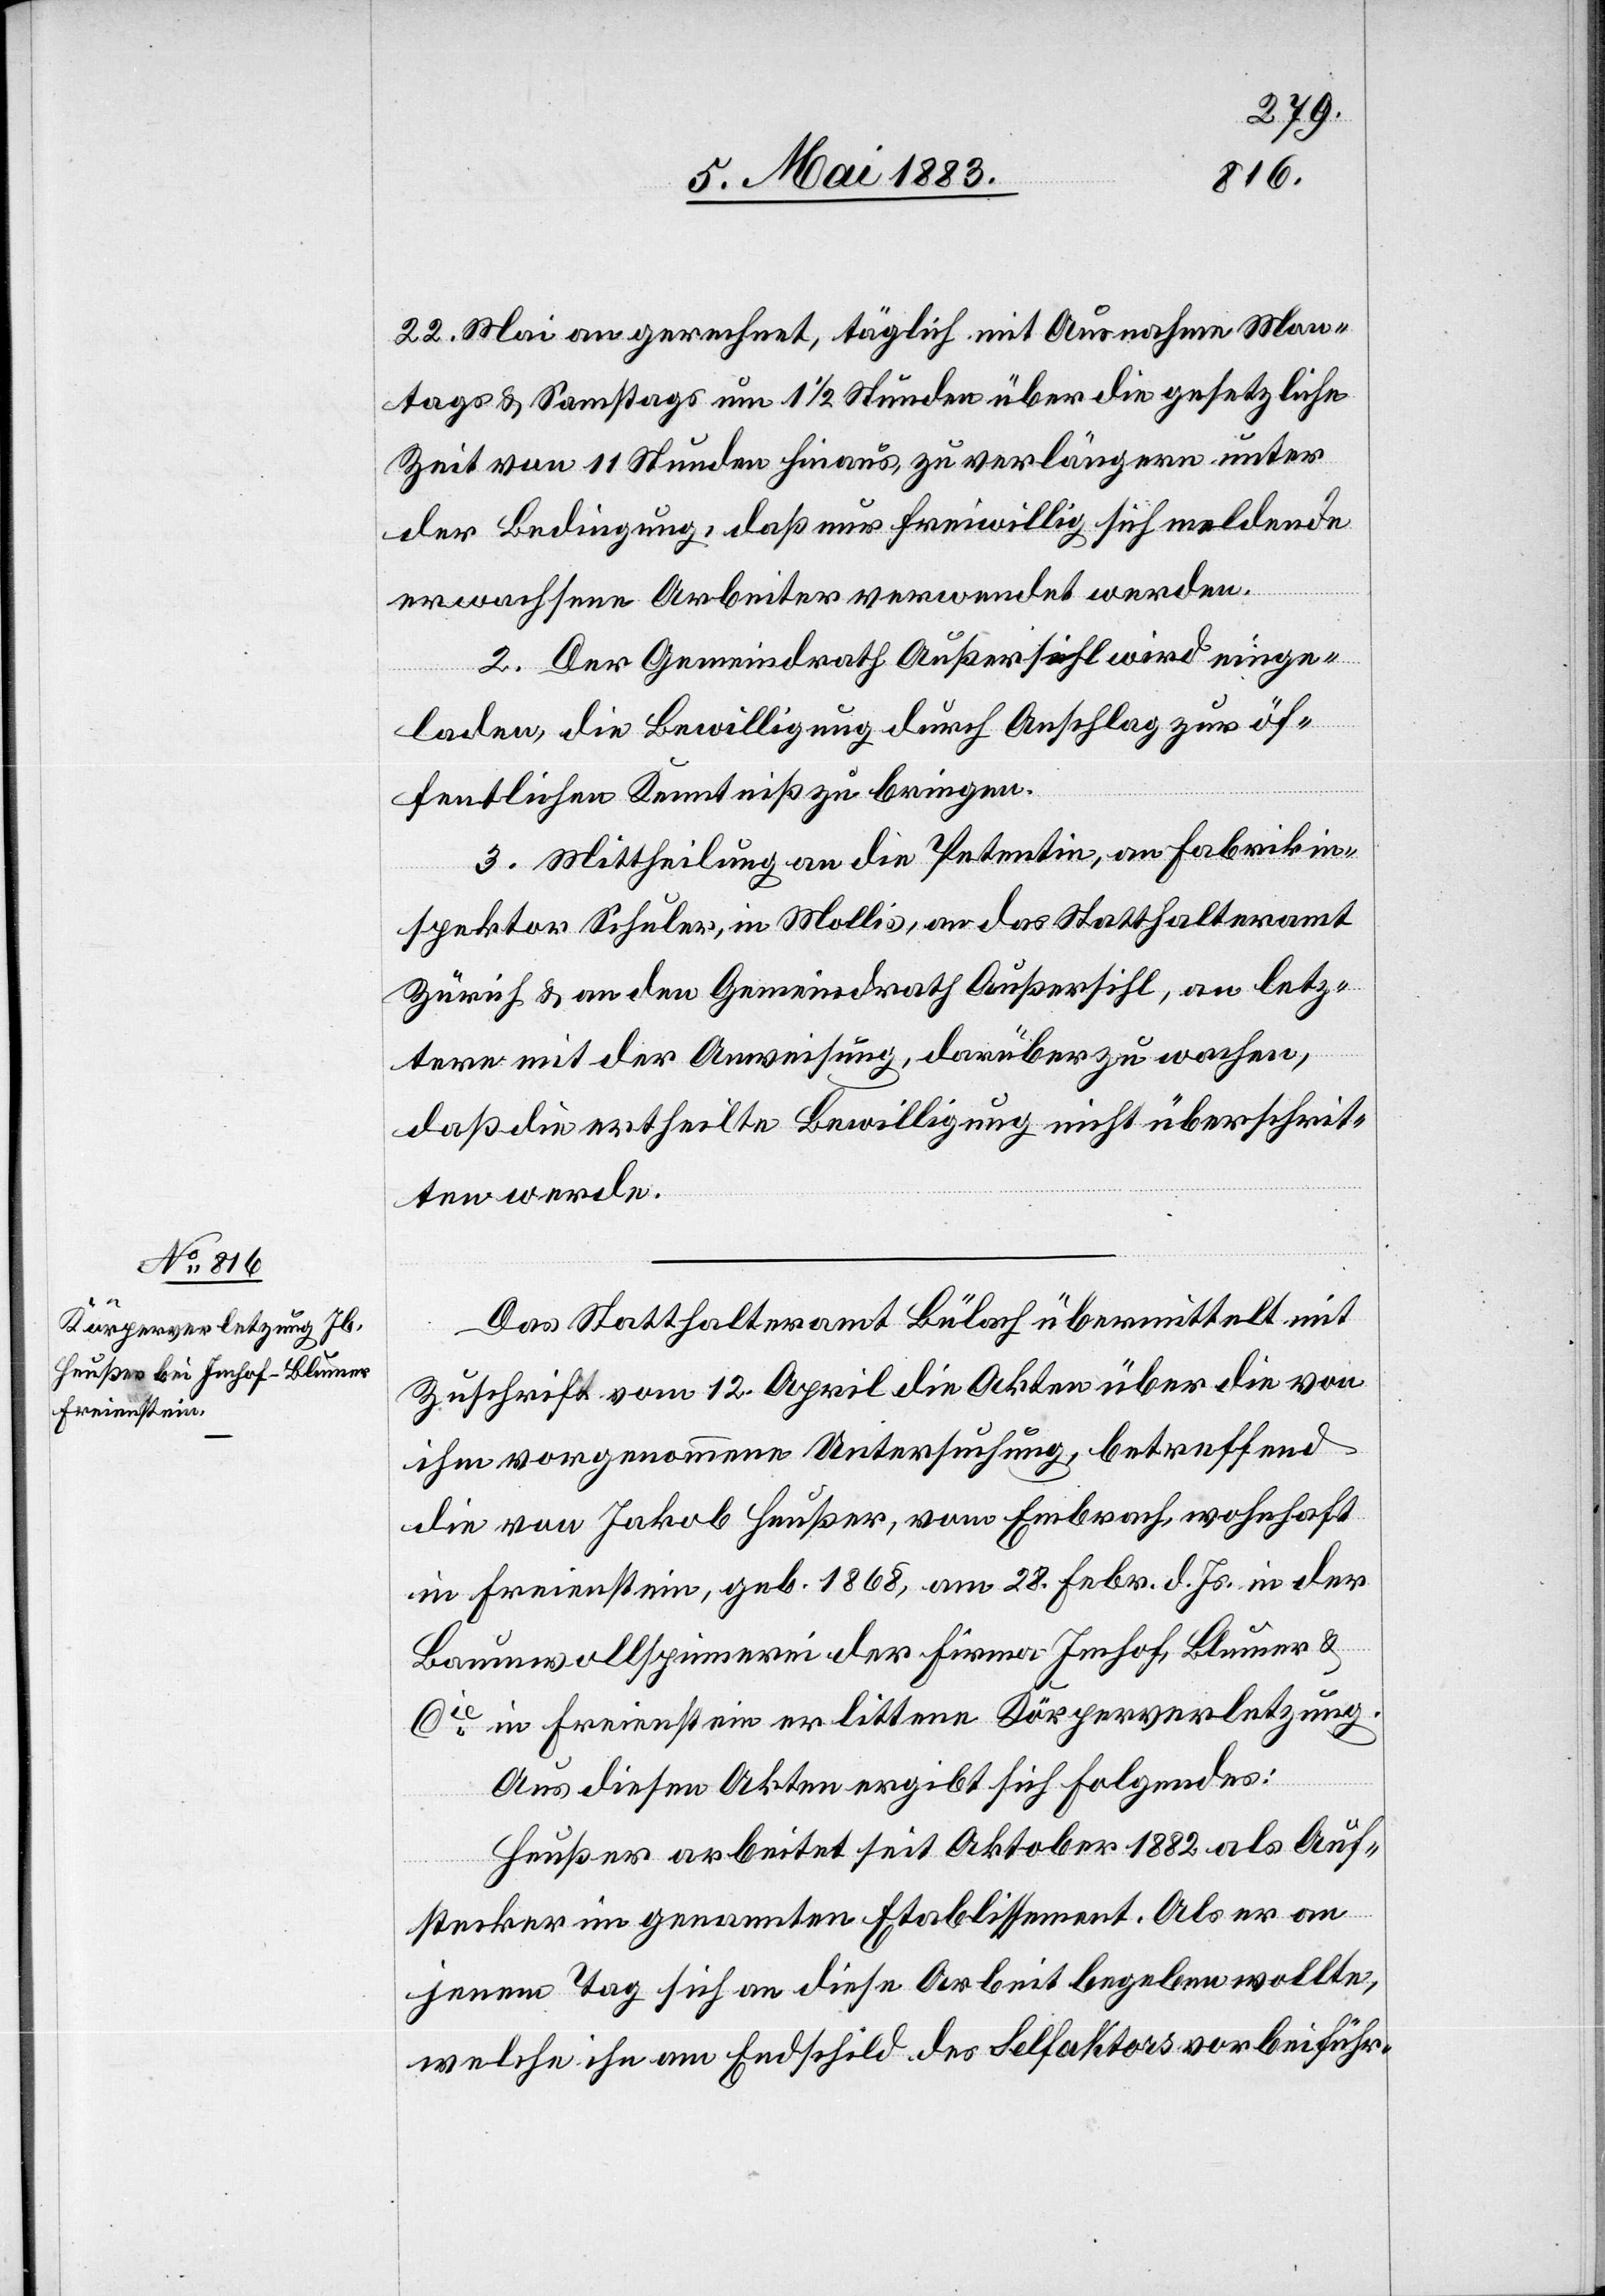
22. Mai an gerechnet, täglich mit Ausnahme Mon¬
tags & Samstags um 1 1/2 Stunden über die gesetzliche
Zeit von 11 Stunden hinaus, zu verlängern unter
der Bedingung, daß nur freiwillig sich meldende
erwachsene Arbeiter verwendet werden.
2. Der Gemeindrath Außersihl wird einge¬
laden, die Bewilligung durch Anschlag zur öf¬
fentlichen Kenntniß zu bringen.
3. Mittheilung an die Petentin, an Fabrikin¬
spektor Schuler, in Mollis, an das Statthalteramt
Zürich & an den Gemeindrath Außersihl, an letz¬
tere mit der Anweisung, darüber zu wachen,
daß die ertheilte Bewilligung nicht überschrit¬
ten werde.
Das Statthalteramt Bülach übermittelt mit
Zuschrift vom 12. April die Akten über die von
ihm vorgenommene Untersuchung, betreffend
die von Jakob Heußer, vom Embrach, wohnhaft
in Freienstein, geb. 1868, am 28. Febr. d. Js. in der
Baumwollspinnerei der Firma Imhof, Blumer &
Cie in Freienstein erlittene Körperverletzung.
Aus diesen Akten ergibt sich folgendes:
Heußer arbeitet seit Oktober 1882 als Auf¬
stecker im genannten Etablissement. Als er an
jenem Tag sich an diese Arbeit begeben wollte,
welche ihn am Endschild des Selfaktors vorbeiführ-